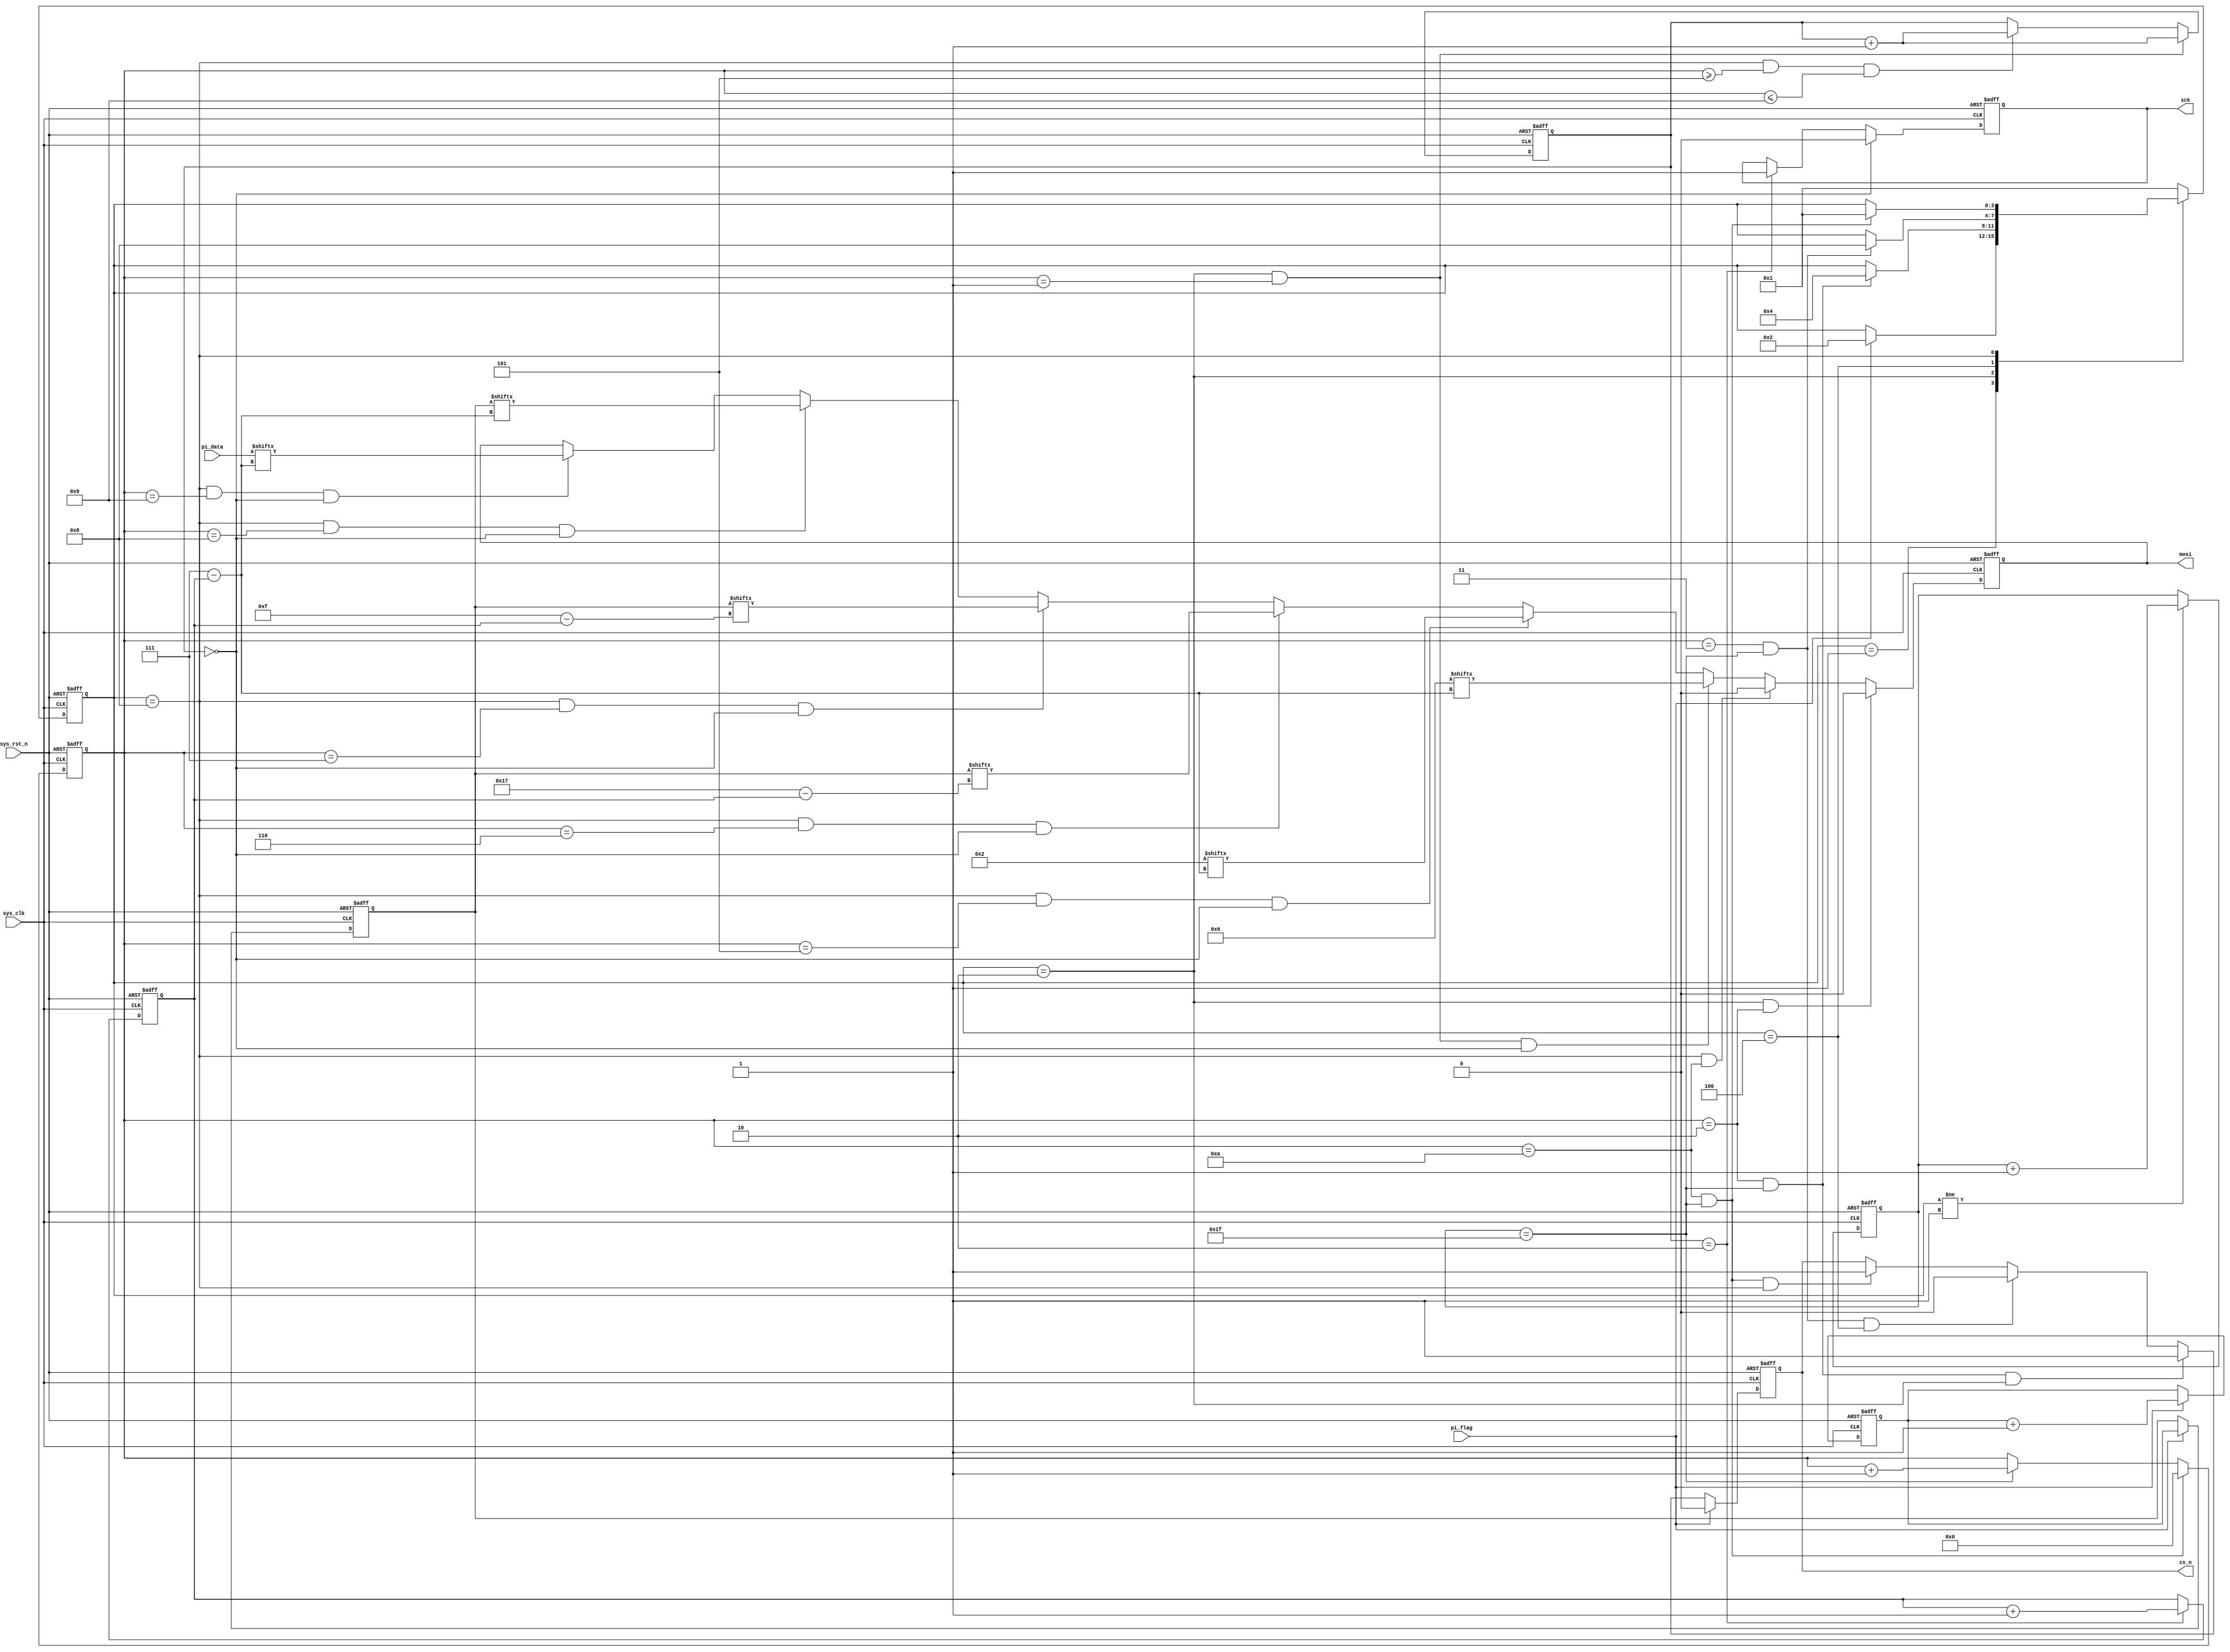
`timescale  1ns/1ns
////////////////////////////////////////////////////////////////////////
// Module Name   : flash_seq_wr_ctrl
// Project Name  : spi_flash_seq_wr
// Target Devices: Altera EP4CE10F17C8N
// Tool Versions : Quartus 13.0
// Description   : flash
// 
// Revision      : V1.0
// Additional Comments:
// 
// : _Pro_FPGA
//     : http://www.embedfire.com
//     : http://www.firebbs.cn
//     : https://fire-stm32.taobao.com
////////////////////////////////////////////////////////////////////////

module  flash_seq_wr_ctrl(

    input   wire            sys_clk     ,   //50MHz
    input   wire            sys_rst_n   ,   //,
    input   wire            pi_flag     ,   //
    input   wire    [7:0]   pi_data     ,   //

    output  reg             sck         ,   //
    output  reg             cs_n        ,   //
    output  reg             mosi            //

);

//********************************************************************//
//****************** Parameter and Internal Signal *******************//
//********************************************************************//
//parameter define
parameter   IDLE    =   4'b0001 ,   //
            WR_EN   =   4'b0010 ,   //
            DELAY   =   4'b0100 ,   //
            PP      =   4'b1000 ;   //
parameter   WR_EN_INST  =   8'b0000_0110,   //
            PP_INST     =   8'b0000_0010;   //
parameter   ADDR        =   24'h00_04_25;   //

//reg   define
reg     [23:0]  addr_reg;   //
reg     [23:0]  addr    ;   //

reg     [4:0]   cnt_clk ;   //
reg     [3:0]   state   ;   //
reg     [3:0]   cnt_byte;   //
reg     [1:0]   cnt_sck ;   //
reg     [2:0]   cnt_bit ;   //

//********************************************************************//
//***************************** Main Code ****************************//
//********************************************************************//

//cnt_clk:
always@(posedge sys_clk or  negedge sys_rst_n)
    if(sys_rst_n == 1'b0)
        cnt_clk  <=  5'd0;
    else    if(state != IDLE)
        cnt_clk  <=  cnt_clk + 1'b1;

//cnt_byte:
always@(posedge sys_clk or  negedge sys_rst_n)
    if(sys_rst_n == 1'b0)
        cnt_byte    <=  4'd0;
    else    if((cnt_clk == 5'd31) && (cnt_byte == 4'd10))
        cnt_byte    <=  4'd0;
    else    if(cnt_clk == 31)
        cnt_byte    <=  cnt_byte + 1'b1;

//cnt_sck:
always@(posedge sys_clk or  negedge sys_rst_n)
    if(sys_rst_n == 1'b0)
        cnt_sck <=  2'd0;
    else    if((state == WR_EN) && (cnt_byte == 1'b1))
        cnt_sck <=  cnt_sck + 1'b1;
    else    if((state == PP) && (cnt_byte >= 4'd5) && (cnt_byte <= 4'd9))
        cnt_sck <=  cnt_sck + 1'b1;

//addr_reg:
always@(posedge sys_clk or  negedge sys_rst_n)
    if(sys_rst_n == 1'b0)
        addr_reg    <=  ADDR;
    else    if(pi_flag == 1'b1)
        addr_reg    <=  addr_reg + 1'b1 ;

//addr:
always@(posedge sys_clk or  negedge sys_rst_n)
    if(sys_rst_n == 1'b0)
        addr    <=  24'd0;
    else    if(pi_flag == 1'b1)
        addr    <=  addr_reg;

//cs_n:
always@(posedge sys_clk or  negedge sys_rst_n)
    if(sys_rst_n == 1'b0)
        cs_n    <=  1'b1;
    else    if(pi_flag == 1'b1)
        cs_n    <=  1'b0;
    else    if((cnt_byte == 4'd2) && (cnt_clk == 5'd31) && (state == WR_EN))
        cs_n    <=  1'b1;
    else    if((cnt_byte == 4'd3) && (cnt_clk == 5'd31) && (state == DELAY))
        cs_n    <=  1'b0;
    else    if((cnt_byte == 4'd10) && (cnt_clk == 5'd31) && (state == PP))
        cs_n    <=  1'b1;

//sck:
always@(posedge sys_clk or  negedge sys_rst_n)
    if(sys_rst_n == 1'b0)
        sck <=  1'b0;
    else    if(cnt_sck == 2'd0)
        sck <=  1'b0;
    else    if(cnt_sck == 2'd2)
        sck <=  1'b1;

//cnt_bit:mosi
always@(posedge sys_clk or  negedge sys_rst_n)
    if(sys_rst_n == 1'b0)
        cnt_bit <=  3'd0;
    else    if(cnt_sck == 2'd2)
        cnt_bit <=  cnt_bit + 1'b1;

//state:
always@(posedge sys_clk or  negedge sys_rst_n)
    if(sys_rst_n == 1'b0)
        state   <=  IDLE;
    else
    case(state)
        IDLE:   if(pi_flag == 1'b1)
                state   <=  WR_EN;
        WR_EN:  if((cnt_byte == 4'd2) && (cnt_clk == 5'd31))
                state   <=  DELAY;
        DELAY:  if((cnt_byte == 4'd3) && (cnt_clk == 5'd31))
                state   <=  PP;
        PP:     if((cnt_byte == 4'd10) && (cnt_clk == 5'd31))
                state   <=  IDLE;
        default:    state   <=  IDLE;
    endcase

//mosi:
always@(posedge sys_clk or  negedge sys_rst_n)
    if(sys_rst_n == 1'b0)
        mosi    <=  1'b0;
    else    if((state == WR_EN) && (cnt_byte == 4'd2))
        mosi    <=  1'b0;
    else    if((state == PP) && (cnt_byte == 4'd10))
        mosi    <=  1'b0;
    else    if((state == WR_EN) && (cnt_byte == 4'd1) && (cnt_sck == 5'd0))
        mosi    <=  WR_EN_INST[7 - cnt_bit];    //
    else    if((state == PP) && (cnt_byte == 4'd5) && (cnt_sck == 5'd0))
        mosi    <=  PP_INST[7 - cnt_bit];       //
    else    if((state == PP) && (cnt_byte == 4'd6) && (cnt_sck == 5'd0))
        mosi    <=  addr[23 - cnt_bit];         //
    else    if((state == PP) && (cnt_byte == 4'd7) && (cnt_sck == 5'd0))
        mosi    <=  addr[15 - cnt_bit];         //
    else    if((state == PP) && (cnt_byte == 4'd8) && (cnt_sck == 5'd0))
        mosi    <=  addr[7 - cnt_bit];          //
    else    if((state == PP) && (cnt_byte == 4'd9) && (cnt_sck == 5'd0))
        mosi    <=  pi_data[7 - cnt_bit];       //

endmodule